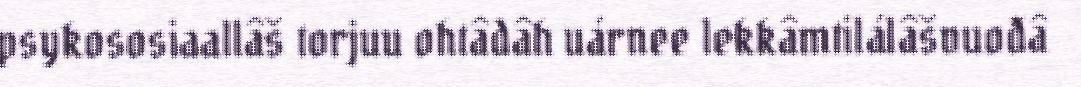
psykososiaallâš torjuu ohtâdâh uárnee lekkâmtilálâšvuođâ